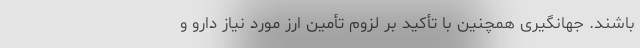
باشند. جهانگیری همچنین با تأکید بر لزوم تأمین ارز مورد نیاز دارو و